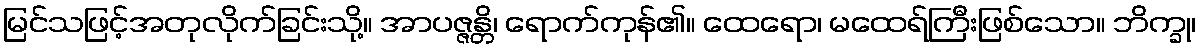
မြင်သဖြင့်အတုလိုက်ခြင်းသို့။ အာပဇ္ဇန္တိ၊ ရောက်ကုန်၏။ ထေရော၊ မထေရ်ကြီးဖြစ်သော။ ဘိက္ခု၊